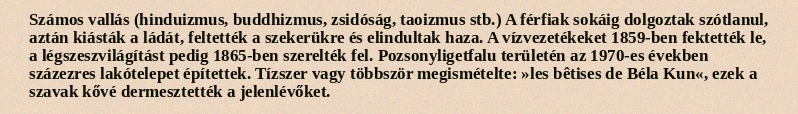
Számos vallás (hinduizmus, buddhizmus, zsidóság, taoizmus stb.) A férfiak sokáig dolgoztak szótlanul, aztán kiásták a ládát, feltették a szekerükre és elindultak haza. A vízvezetékeket 1859-ben fektették le, a légszeszvilágítást pedig 1865-ben szerelték fel. Pozsonyligetfalu területén az 1970-es években százezres lakótelepet építettek. Tízszer vagy többször megismételte: »les bêtises de Béla Kun«, ezek a szavak kővé dermesztették a jelenlévőket.